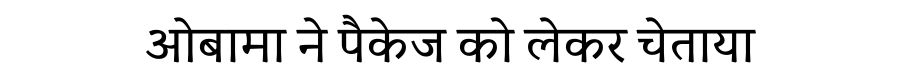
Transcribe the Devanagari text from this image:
ओबामा ने पैकेज को लेकर चेताया